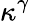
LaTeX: \kappa^{\gamma}